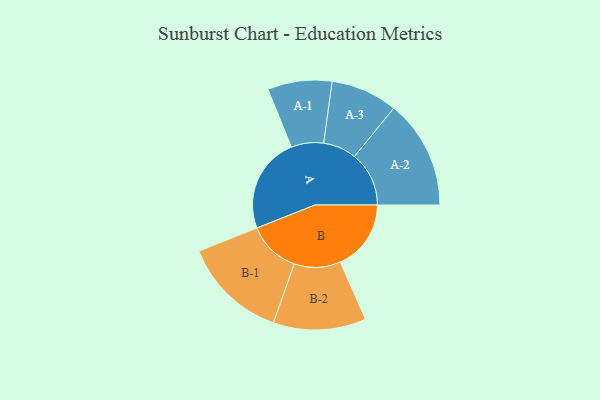
{"axis": {"x": "Segment", "y": "Value"}, "legend": ["", "A", "B"], "data": [{"x": "A", "y": 459, "type": ""}, {"x": "B", "y": 339, "type": ""}, {"x": "A-1", "y": 154, "type": "A"}, {"x": "A-2", "y": 261, "type": "A"}, {"x": "A-3", "y": 160, "type": "A"}, {"x": "B-1", "y": 251, "type": "B"}, {"x": "B-2", "y": 222, "type": "B"}]}